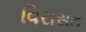
વિરાસત